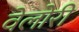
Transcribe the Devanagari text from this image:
वेलोरी